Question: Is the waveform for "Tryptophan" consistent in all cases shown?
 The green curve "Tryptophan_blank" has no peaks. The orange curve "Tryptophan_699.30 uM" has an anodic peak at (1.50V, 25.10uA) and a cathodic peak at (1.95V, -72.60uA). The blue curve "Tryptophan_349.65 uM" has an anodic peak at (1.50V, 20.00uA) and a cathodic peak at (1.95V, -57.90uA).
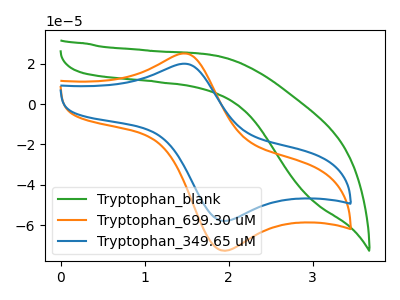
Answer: <think>"Tryptophan_blank" and "Tryptophan_699.30 uM" have a different number of peaks. "Tryptophan_blank" and "Tryptophan_349.65 uM" have a different number of peaks. All the peaks in "Tryptophan_699.30 uM" have a peak in "Tryptophan_349.65 uM" at the same potential. Every peak in "Tryptophan_699.30 uM" is higher than every peak in "Tryptophan_349.65 uM".
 </think>
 <answer>All the CV's of "Tryptophan" have similar shape.</answer>
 <eval>follow_rule</eval>